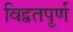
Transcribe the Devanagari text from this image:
विद्वतपूर्ण